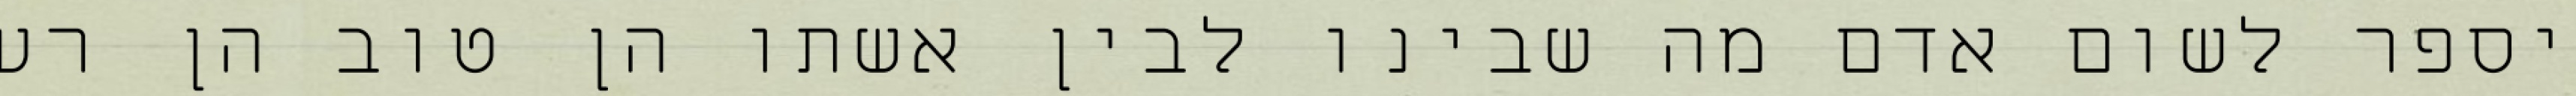
יספר לשום אדם מה שבינו לבין אשתו הן טוב הן רע